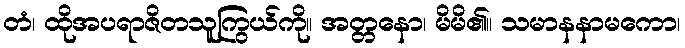
တံ၊ ထိုအပရာဇိတသူကြွယ်ကို။ အတ္တနော၊ မိမိ၏။ သမာနနာမကော၊